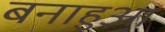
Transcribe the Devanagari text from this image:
बनाहुआ